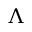
\ensuremath { \Lambda }